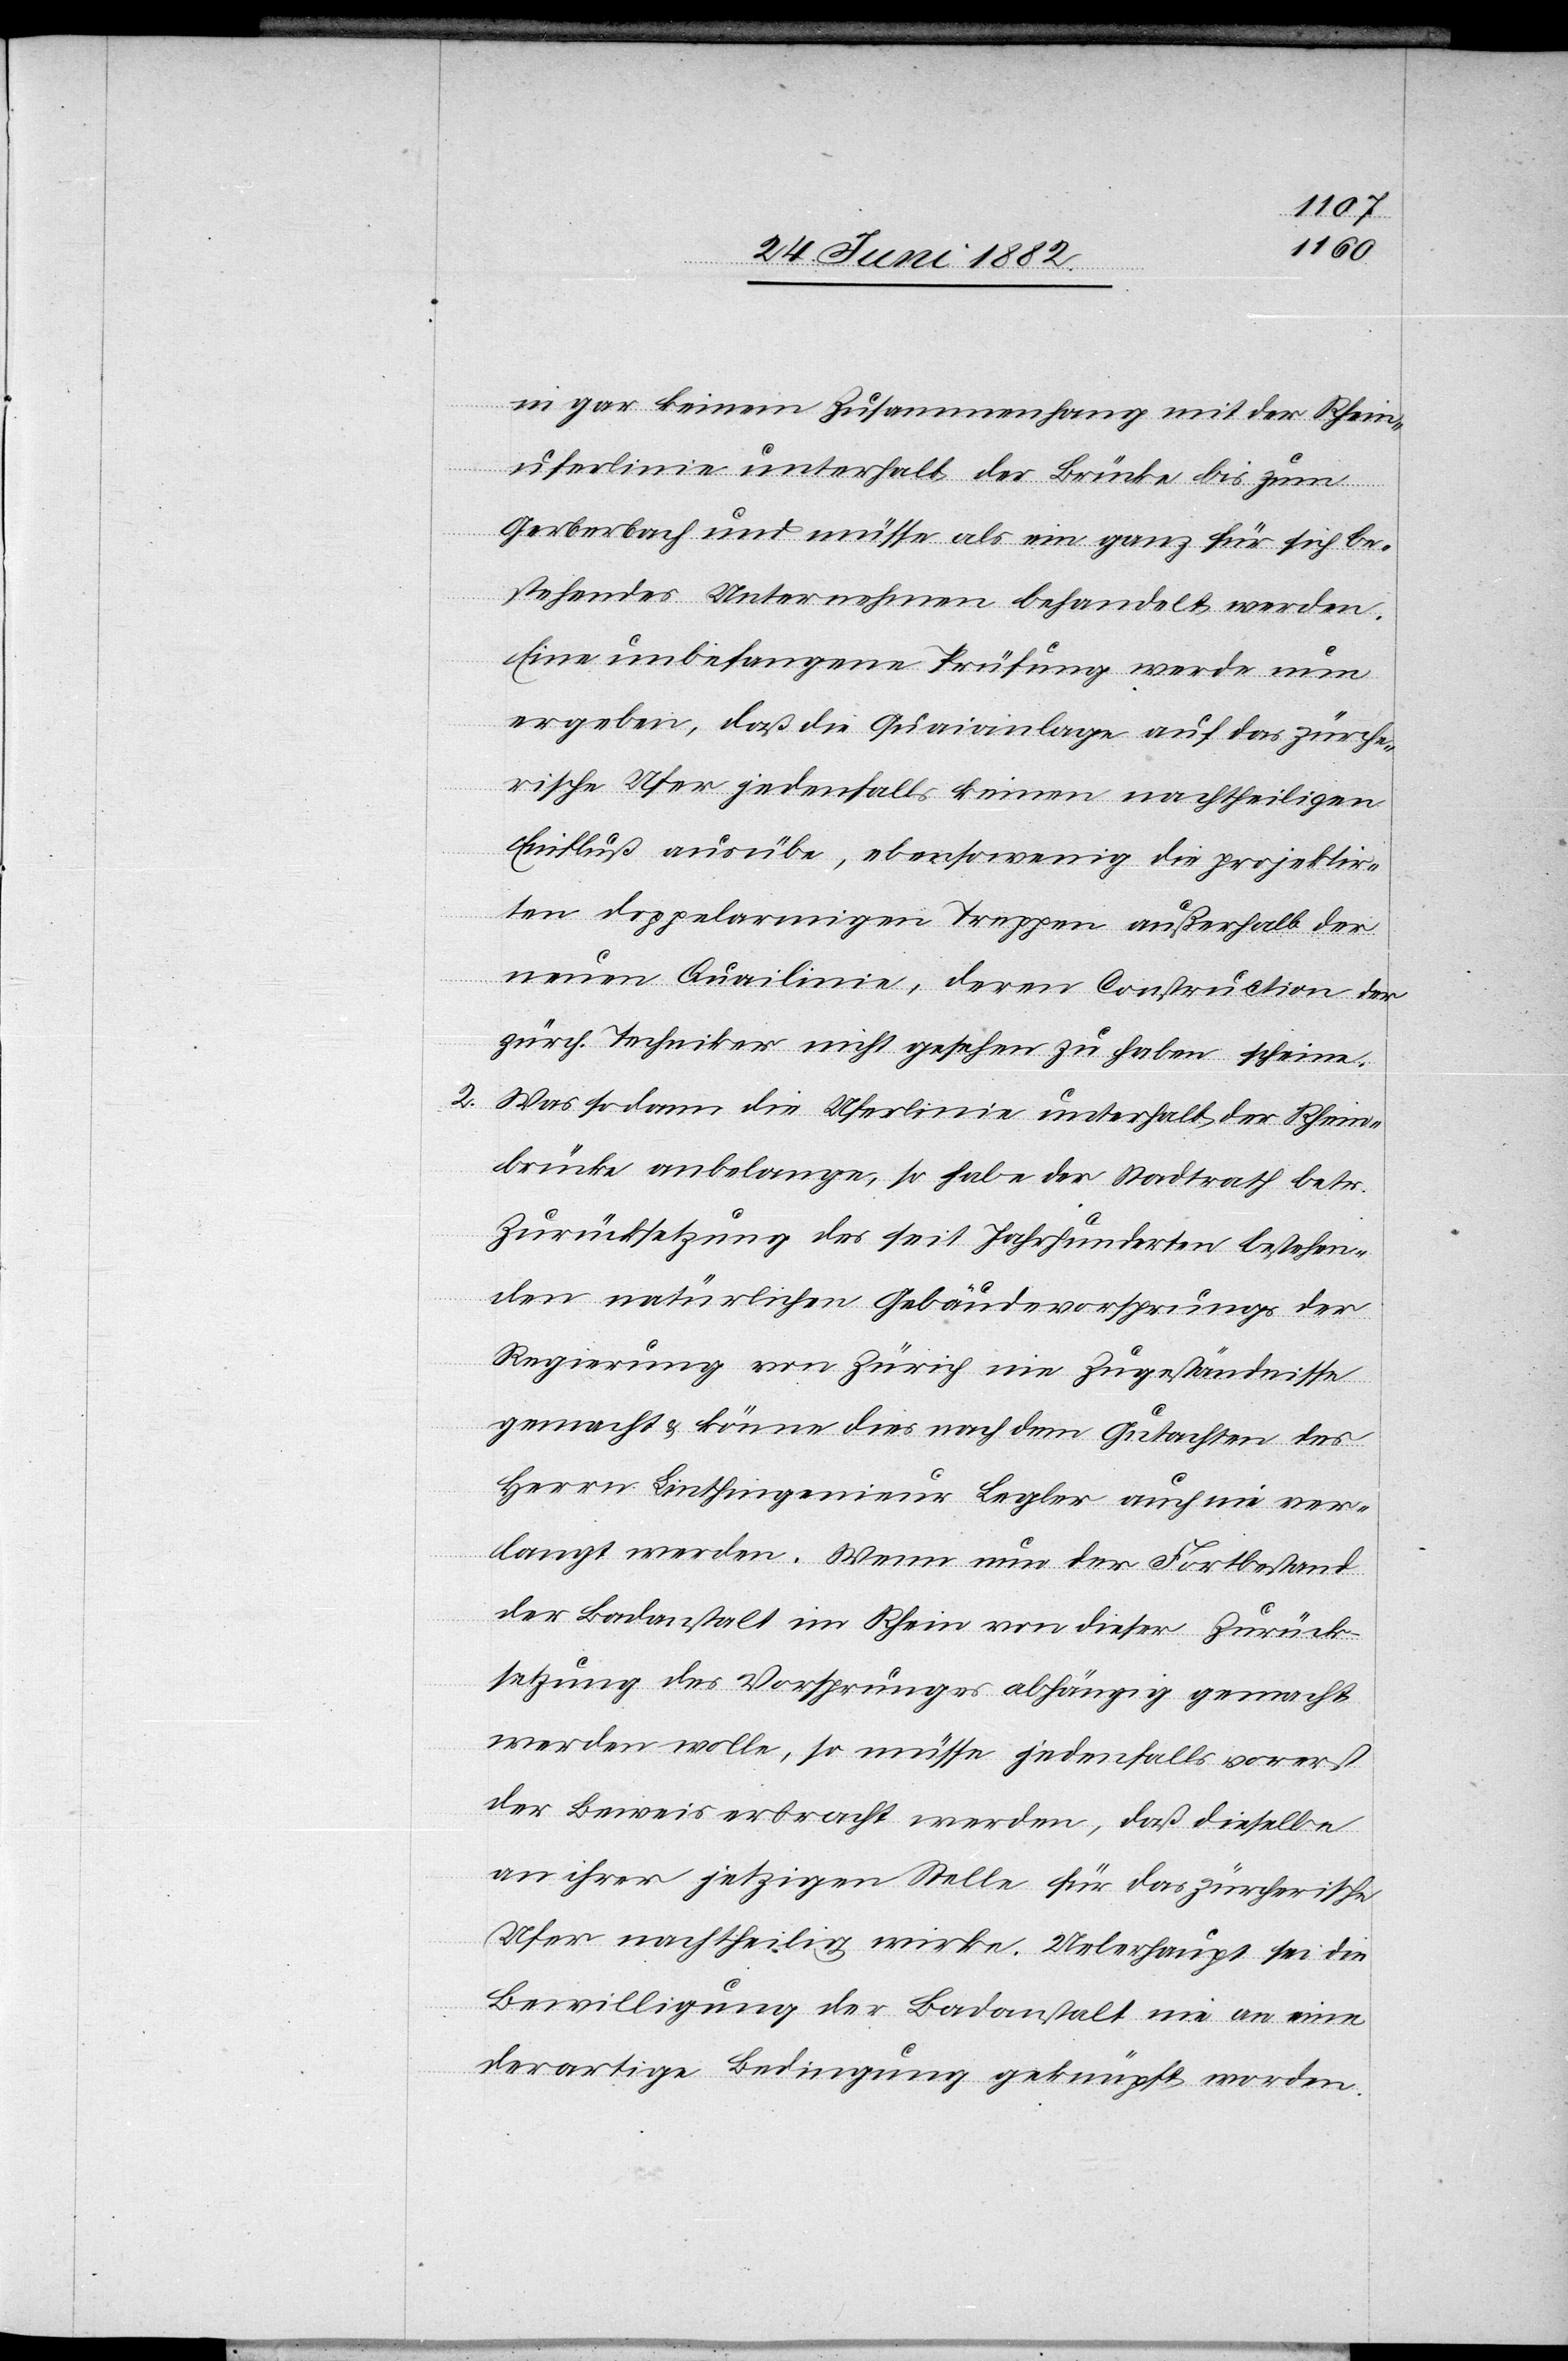
in gar keinem Zusammenhang mit der Rhein¬
uferlinie unterhalb der Brücke bis zum
Gerberbach und müsse als ein ganz für sich be¬
stehendes Unternehmen behandelt werden.
Eine unbefangene Prüfung werde nun
ergeben, daß die Quaianlage auf das zürche¬
rische Ufer jedenfalls keinen nachtheiligen
Einfluß ausüben, ebensowenig die projektir¬
ten doppelarmigen Treppen außerhalb der
neuen Quailinie, deren Construction der
zürch. Techniker nicht gesehen zu haben scheint.
2. Was sodann die Uferlinie unterhalb der Rhein¬
brücke anbelange, so habe der Stadtrath betr.
Zurücksetzung des seit Jahrhunderten bestehen¬
de natürlichen Gebäudevorsprungs der
Regierung von Zürich nie Zugeständnisse
gemacht & könne dies nach dem Gutachten des
Herrn Linthingenieur Legler auch nie ver¬
langt werden. Wenn nun der Fortbestand
der Badanstalt im Rhein von dieser Zurück¬
setzung des Vorsprunges abhängig gemacht
werden wolle, so müsse jedenfalls vorerst
der Beweis erbracht werden, daß dieselbe
an ihrer jetzigen Stelle für das zürcherische
Ufer nachtheilig wirke. Ueberhaupt sei die
Bewilligung der Badanstalt nie an eine
derartige Bedingung geknüpft worden.